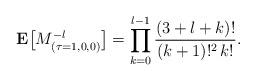
LaTeX: \begin{align*}{\bf E}\bigl[M_{(\tau=1,0,0)}^{-l}\bigr] =\prod_{k=0}^{l-1}\frac{(3+l+k)!}{(k+1)!^2 \,k!}.\end{align*}